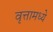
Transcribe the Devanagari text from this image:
वृत्तामध्ये